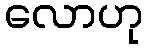
လောဟု